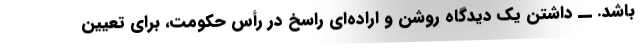
باشد. ــ داشتن یک دیدگاه روشن و اراده‌ای راسخ در رأس حکومت، برای تعیین